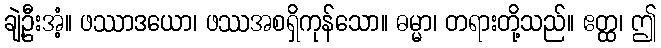
ချဲ့ဦးအံ့။ ဖဿာဒယော၊ ဖဿအစရှိကုန်သော။ ဓမ္မာ၊ တရားတို့သည်။ ဧတ္ထ၊ ဤ